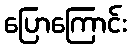
ပြောကြောင်း